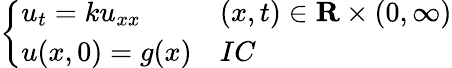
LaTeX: \left\{ \begin{array}{ll}{u_{t}=ku_{xx}}&{(x,t)\in\mathbf{R}\times(0,\infty)}\\ {u(x,0)=g(x)}&{IC}\end{array}\right.